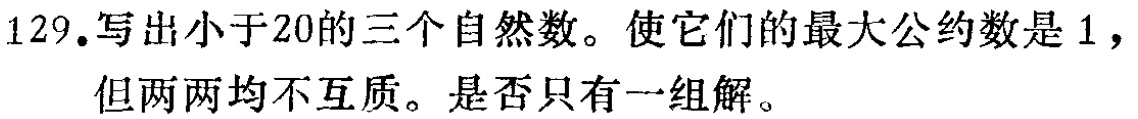
129.写出小于20的三个自然数。使它们的最大公约数是1，但两两均不互质。是否只有一组解。